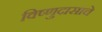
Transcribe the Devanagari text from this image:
विष्णुदासाचे